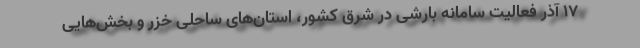
۱۷ آذر فعالیت سامانه بارشی در شرق کشور، استان‌های ساحلی خزر و بخش‌هایی